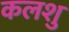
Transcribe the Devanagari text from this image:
कलशु